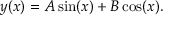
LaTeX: y ( x ) = A \sin ( x ) + B \cos ( x ) .